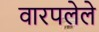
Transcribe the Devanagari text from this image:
वारपलेले